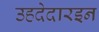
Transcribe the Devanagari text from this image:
उहदेदारइन